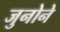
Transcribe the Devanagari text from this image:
जुनोने